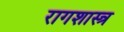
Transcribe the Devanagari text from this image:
रागशास्त्र